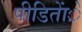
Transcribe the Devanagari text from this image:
पीडिताेंे